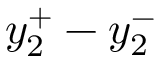
y _ { 2 } ^ { + } - y _ { 2 } ^ { - }